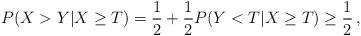
LaTeX: \begin{align*}P(X>Y|X\geq T)=\frac{1}{2}+\frac{1}{2}P( Y< T|X\geq T)\geq \frac{1}{2}\,,\end{align*}